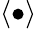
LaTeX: \langle\bullet\rangle